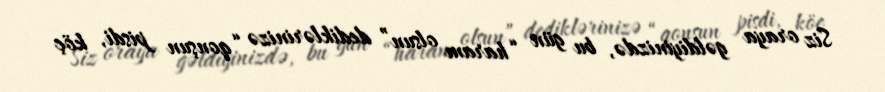
Siz oraya gəldiyinizdə, bu gün “haram olsun” dediklərinizə “qonşun pisdi, köç